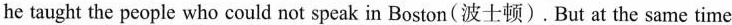
he taught the people who could not speak in Boston(波士顿).But at the same time